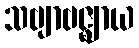
သဗျာဗဇ္ဈာယ